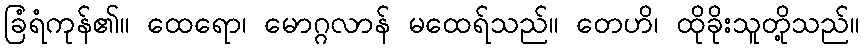
ခြံရံကုန်၏။ ထေရော၊ မောဂ္ဂလာန် မထေရ်သည်။ တေဟိ၊ ထိုခိုးသူတို့သည်။